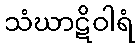
သံဃာဋိဝါရံ